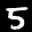
Label: 5